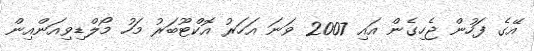
އޭގެ ފަހުން ޖެހިގެން އައި 2007 ވަނަ އަހަރު އޮކްޓޫބަރު މަހު މޯލްޑިވިއަންއިން